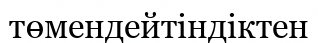
төмендейтіндіктен